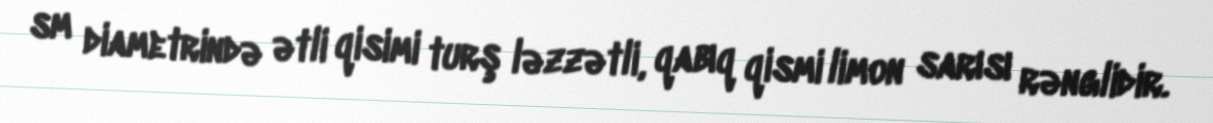
sm diametrində ətli qisimi turş ləzzətli, qabıq qismi limon sarısı rənglidir.